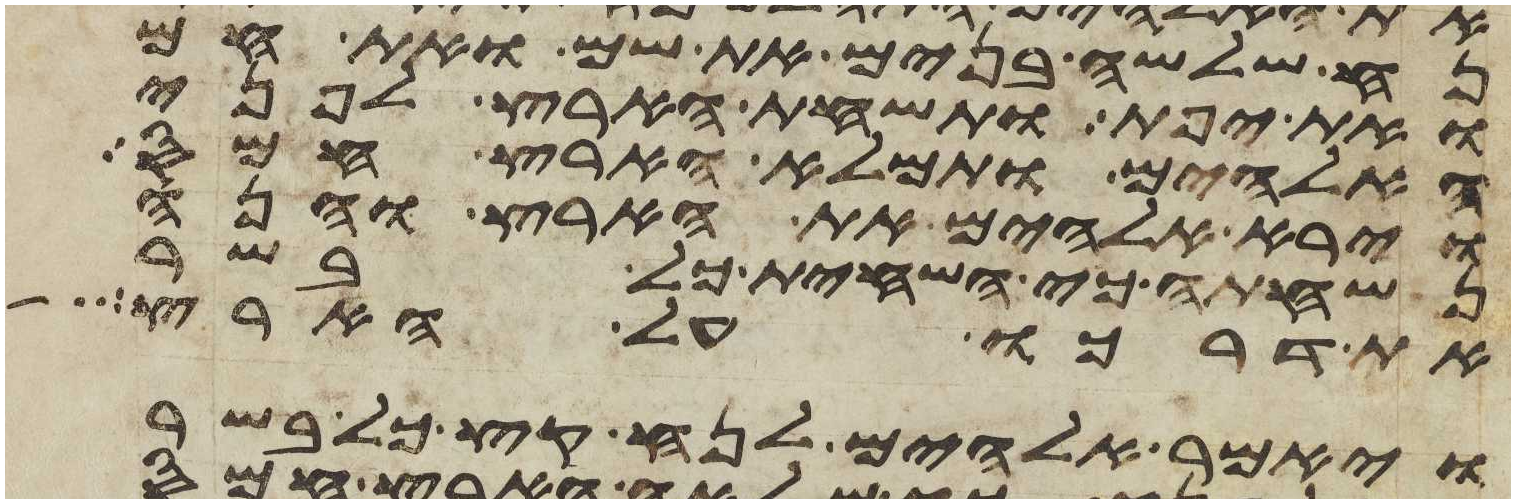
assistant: נח שלשה בנים את שם ואת חם
ואת יפת ותשחת הארץ לפני
האלהים ותמלא הארץ חמס
וירא אלהים את הארץ והנה
נשחתה כי השחית כל בשר
את דרכו על הארץ
ויאמר אלהים לנח קץ כל בשר